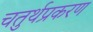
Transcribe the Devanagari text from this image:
चतुर्थप्रकरण